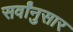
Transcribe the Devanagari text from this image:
सर्वांनुसार